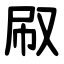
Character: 㕞